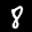
Label: 8